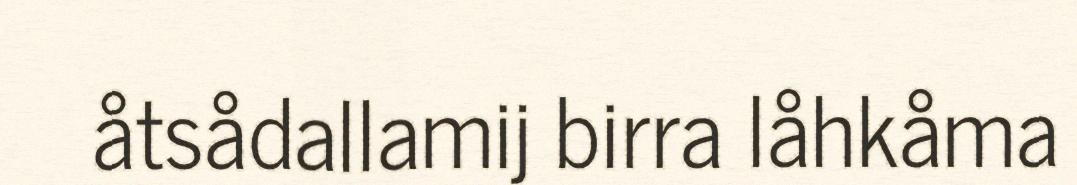
åtsådallamij birra låhkåma